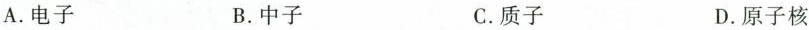
A.电子 B.中子 C.质子 D.原子核